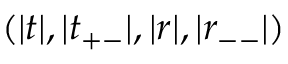
( | t | , | t _ { + - } | , | r | , | r _ { -- } | )